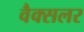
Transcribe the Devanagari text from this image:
वैक्सलर